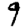
Digit: 9